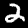
Label: 2